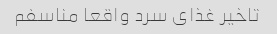
تاخیر غذای سرد واقعا مناسفم